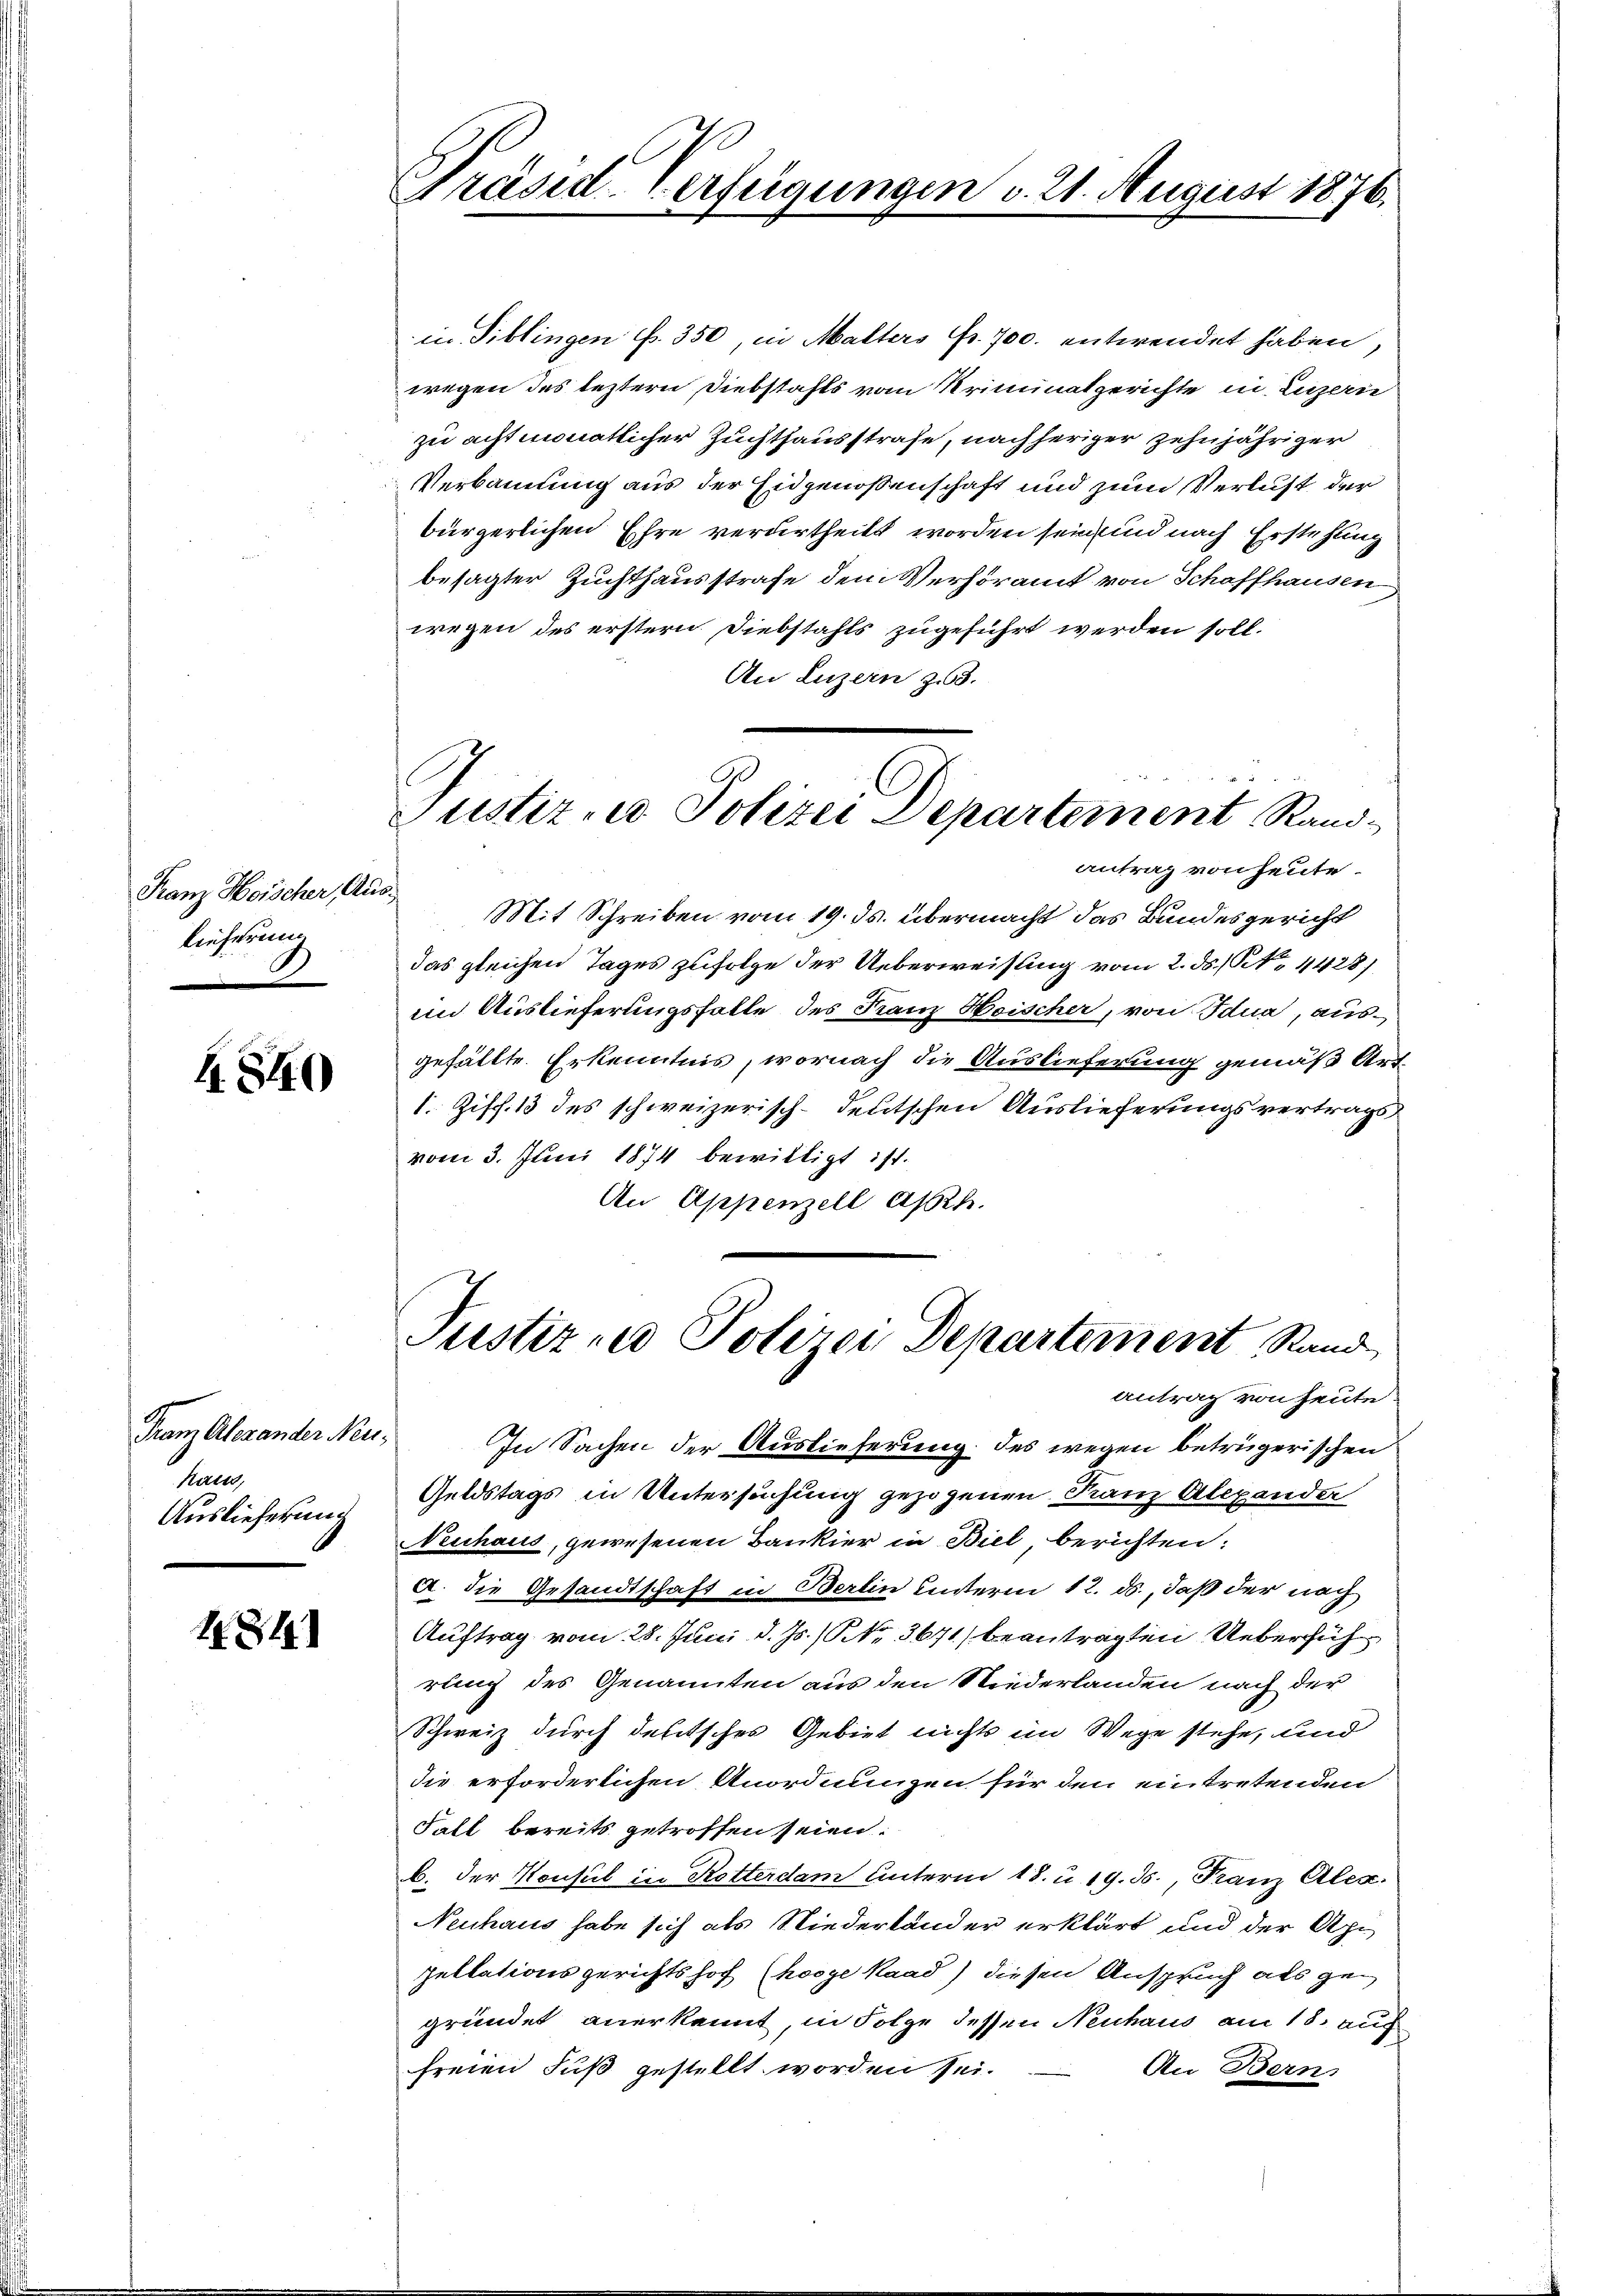
Franz Heischer Aus
lieferung

ASEG

Franz Alexander Neu¬
Rat
Auslieferung

484

Präsid. Verfügungen v. 21. August 1876.

Justiz und Polizei Departement Rand
antrag von heute

in Tiblingen f. 350, in Malters Fr. 700. entwendet haben,
wegen des leztern Diebstahls vom Kriminatgerichte in Luzern
zu achtmonatlicher Zuchthausstrafe, nachheriger zehnjähriger
Verbannung aus der Eidgenossenschaft und zum Verlust der
bürgerlichen Ehre verdertheilt worden sein, und nach Erstehung
besagter Zuchthausstrafe dem Verhöramt von Schaffhausen
wegen des erstern Diebstahls zugeführt werden soll.
An Luzern z. 63.
Justiz- u Polizei Departement Rand
antrag von heute.
i
Mit Schreiben vom 19. ds. übermacht das Bundesgericht
das gleichen Tages zufolge der Ueberweisung vom 2. ds. (N. 11428)
im Auslieferungsfalle des Franz Hoischer, von Idua, ausgefällte Erkenntnis, wornach die Auslieferung gemäß Art
1. Ziff. 13 des schweizerisch-deutschen Auslieferungsvertrags
vom 3. Juni 1874 bewilligt ist.
An Appenzell auch.

In Sachen der Auslieferung des wegen betrügerischen
Geldstags in Untersuchung gezogenen Franz Alexander
Neuhaus, gewesenen Bankier in Biel, berichten:
A. die Gesandtschaft in Berlin unterm 12. ds., daß der nach
Auftrag vom 28. Juni d. Js. (NNo. 3671) beantragten Ueberführung des Genannten aus den Niederlanden nach der
Schweiz durch deutsches Gebiet nichts im Wege stehe, und
die erforderlichen Anordnungen für den eintretenden
Fall bereits getroffen seien.
b. der Konsul in Rotterdam unterm 18. u. 19. ds., Franz Alex.
Neuhaus habe sich als Niederländer erklärt und der Appellationsgerichtshof (hooye Kaad) diesen Anspruch als gegründet anerkannt in Folge dessen Neuhaus am 18. auch
freien Fuß gestellt worden sei.
An Berns